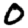
Digit: 0